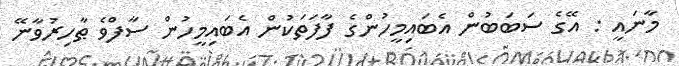
މާނައީ : އޭގެ ސަބަބުން އެބައިމީހުންގެ ފާފަތަކުން އެބައިމީހުން ސާފްވެ ޠާހިރުވާނޭ